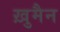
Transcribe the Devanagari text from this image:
ख़ुमैन